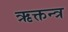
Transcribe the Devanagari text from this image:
ऋक्तन्त्र